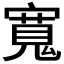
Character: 𡪨